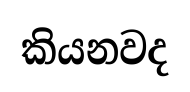
කියනවද